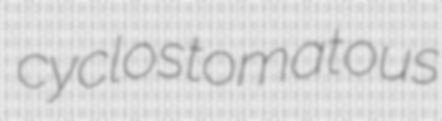
cyclostomatous